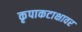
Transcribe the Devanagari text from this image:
कृपाकटाक्षावर